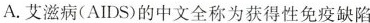
A.艾滋病(AIDS)的中文全称为获得性免疫缺陷